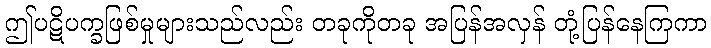
ဤပဋိပက္ခဖြစ်မှုများသည်လည်း တခုကိုတခု အပြန်အလှန် တုံ့ပြန်နေကြကာ